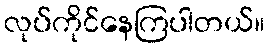
လုပ်ကိုင်နေကြပါတယ်။